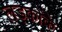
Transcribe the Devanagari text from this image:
लड़कोंके